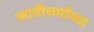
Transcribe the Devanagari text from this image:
जातीधर्मांच्या